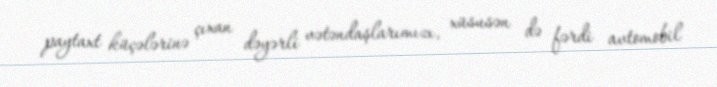
paytaxt küçələrinə çıxan dəyərli vətəndaşlarımızı, xüsusən də fərdi avtomobil